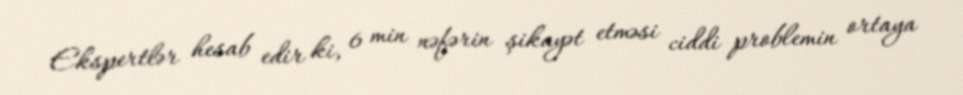
Ekspertlər hesab edir ki, 6 min nəfərin şikayət etməsi ciddi problemin ortaya